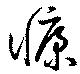
慷